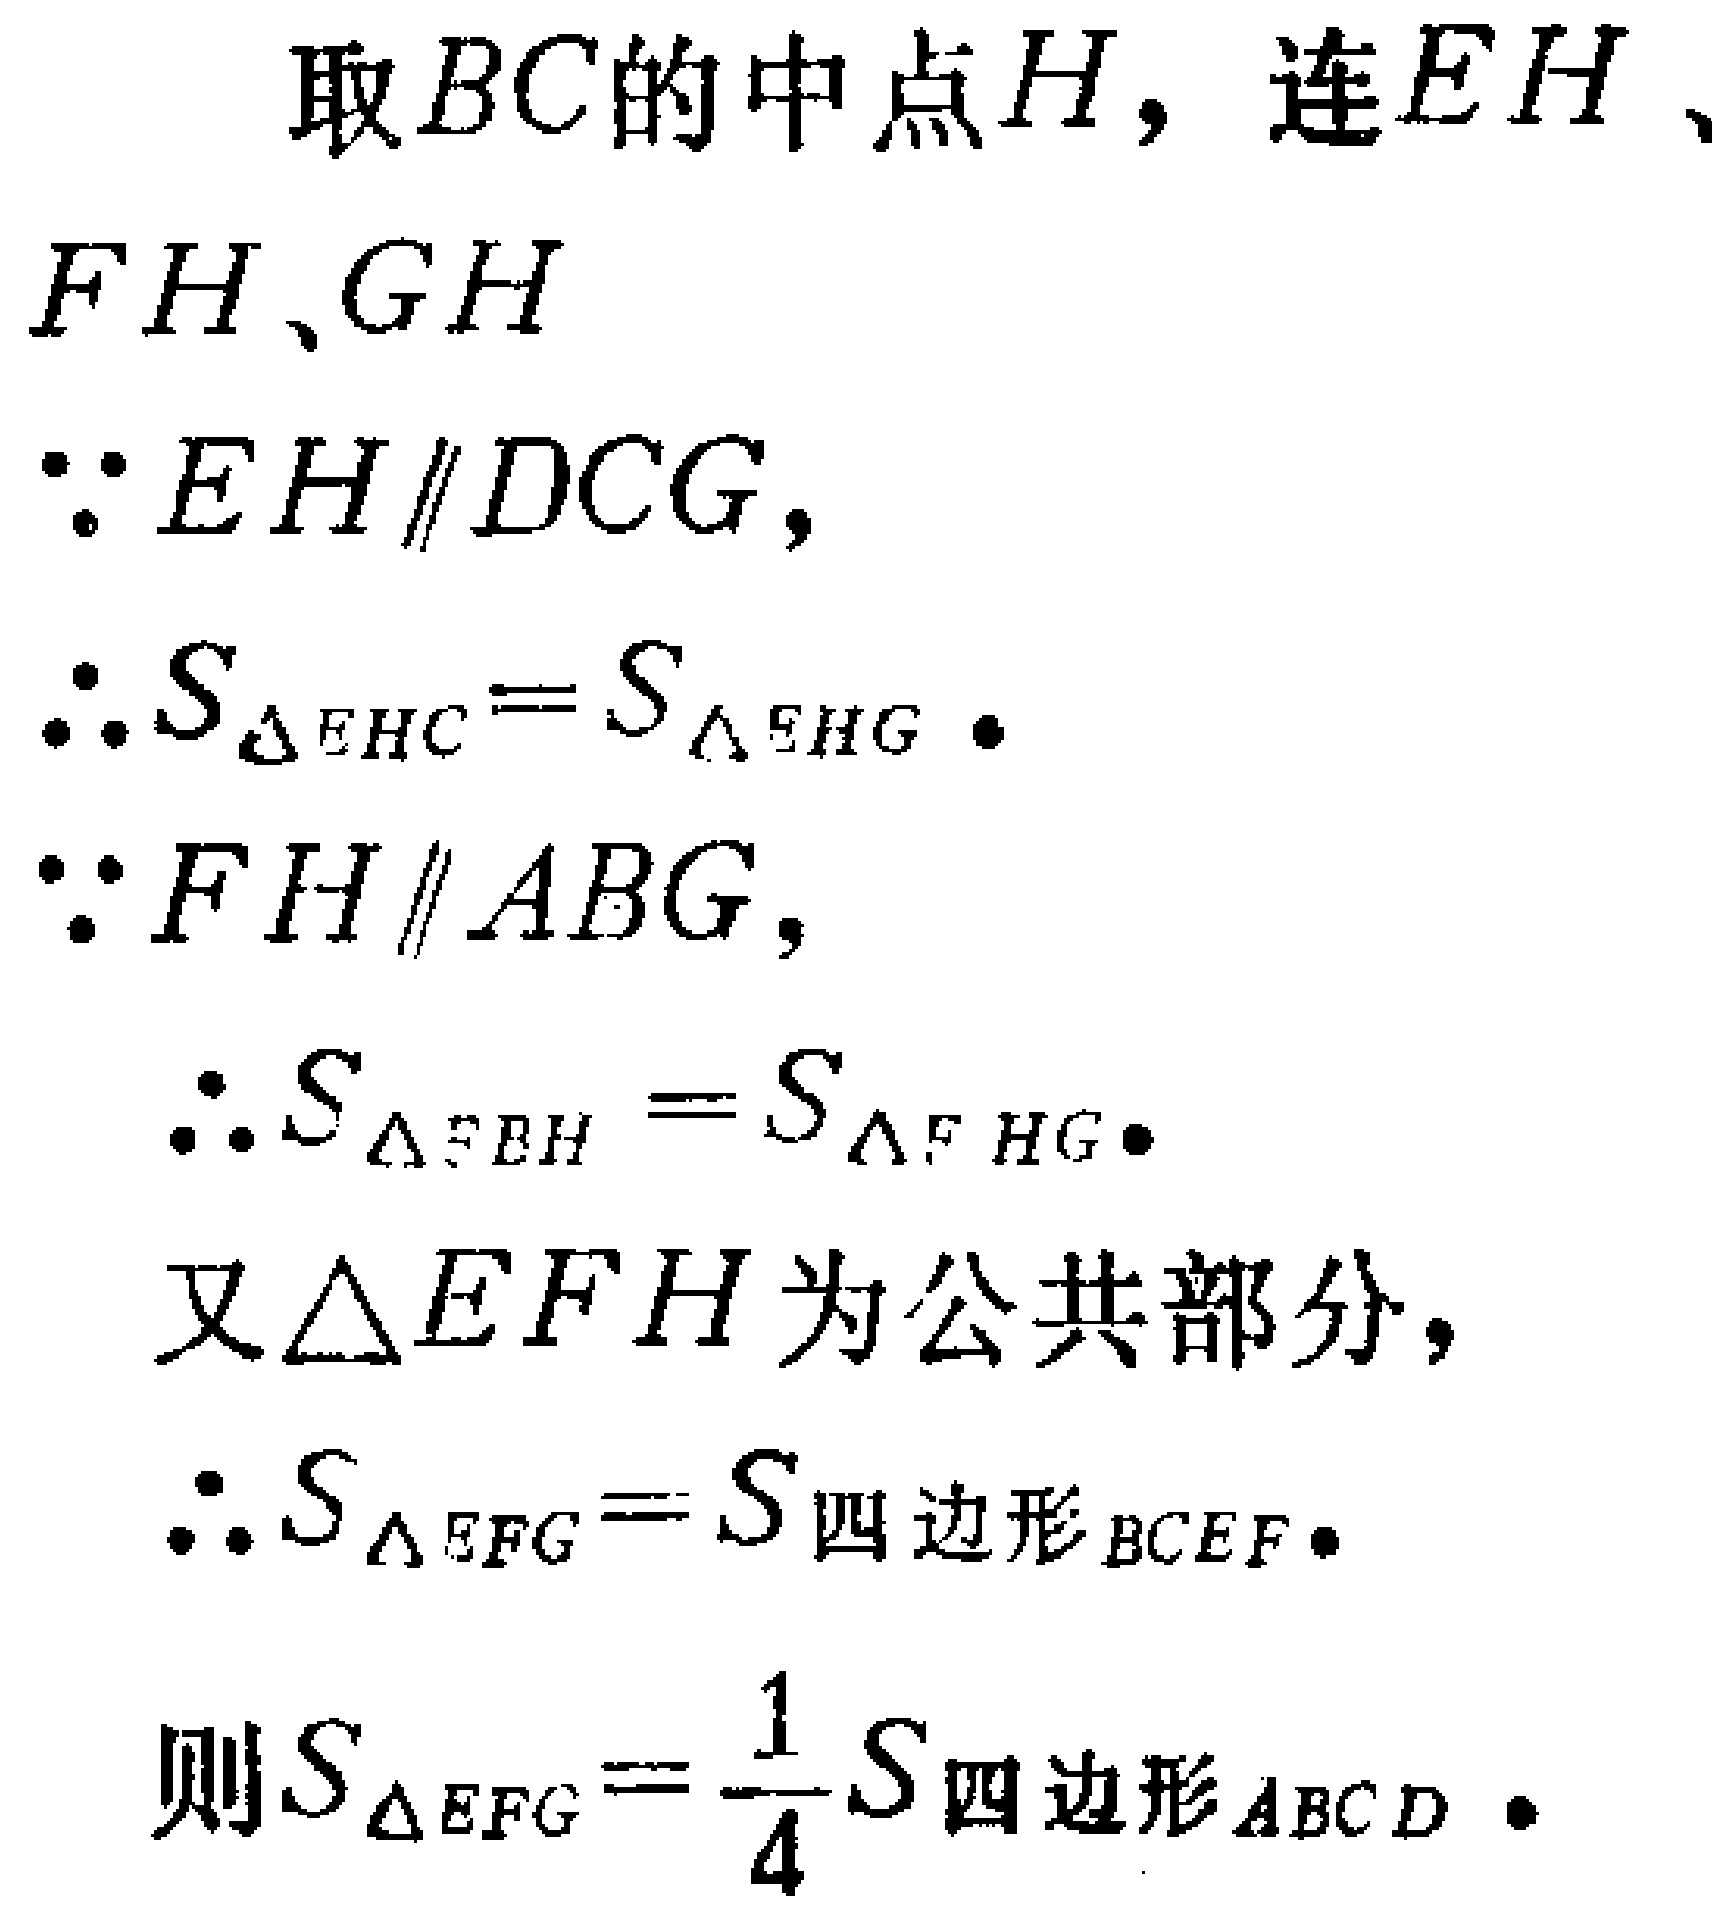
取\(BC\)的中点\(H\)，连\(EH\)、\(FH\)、\(GH\)

\(\because EH\parallel DCG\)，

\(\therefore S_{\triangle EHC}=S_{\triangle EHG}\)。

\(\because FH\parallel ABG\)，

\(\therefore S_{\triangle FBH}=S_{\triangle FHG}\)。

又\(\triangle EFH\)为公共部分，

\(\therefore S_{\triangle EFG}=S_{四边形BCEF}\)。

则\(S_{\triangle EFG}=\frac{1}{4}S_{四边形ABCD}\)。